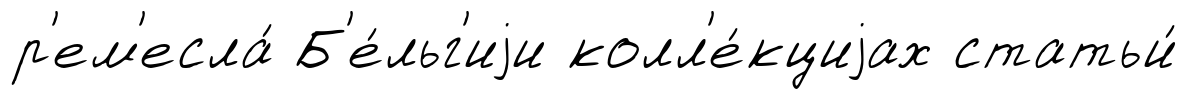
р'ем'есла́ Б'е́льг'иjи колл'е́кциjах статьи́